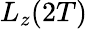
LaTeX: L_{z}(2T)